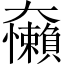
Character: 𱙀